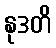
နုဒတိ